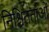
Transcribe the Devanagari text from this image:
निश्चितताओं